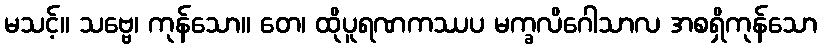
မသင့်။ သဗ္ဗေ၊ ကုန်သော။ တေ၊ ထိုပူရဏကဿပ မက္ခလိဂေါသာလ အစရှိကုန်သော